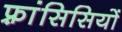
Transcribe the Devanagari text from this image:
फ़्रांसिसियों